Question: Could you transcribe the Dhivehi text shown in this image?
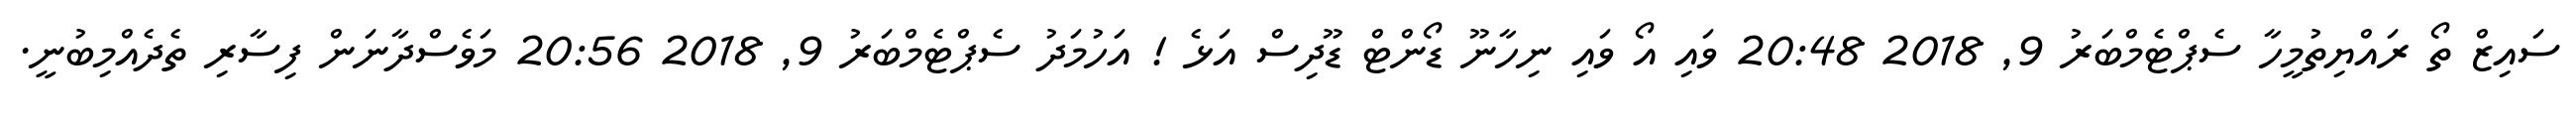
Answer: ސައިޒް ތޯ ރައްޔިތުމީހާ ސެޕްޓެމްބަރު 9, 2018 20:48 ވައި އޯ ވައި ނިހާނޫ ޑޯންޓް ޑޫދިސް އަޅެ ! އަހުމަދު ސެޕްޓެމްބަރު 9, 2018 20:56 މަވެސްދާނަން ފިސާރި ތެދެއްމިބުނީ.